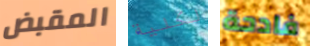
المقبض لكلية فادحة